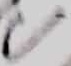
Text: C